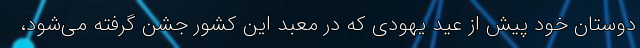
دوستان خود پیش از عید یهودی که در معبد این کشور جشن گرفته می‌شود،